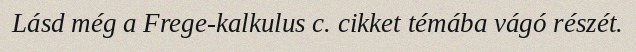
Lásd még a Frege-kalkulus c. cikket témába vágó részét.